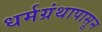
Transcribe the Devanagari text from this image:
धर्मग्रंथापासून